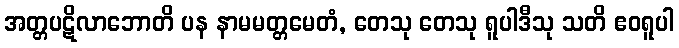
အတ္တပဋိလာဘောတိ ပန နာမမတ္တမေတံ, တေသု တေသု ရူပါဒီသု သတိ ဧဝရူပါ